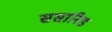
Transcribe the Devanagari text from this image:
ससानिड